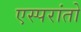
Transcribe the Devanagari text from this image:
एस्परांतो